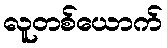
လူတစ်ယောက်